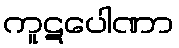
ကူဋပေါဏာ